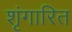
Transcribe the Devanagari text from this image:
शृंगारित